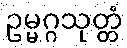
ဥမ္မဂ္ဂသုတ္တံ